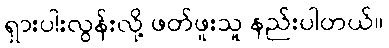
ရှားပါးလွန်းလို့ ဖတ်ဖူးသူ နည်းပါတယ်။